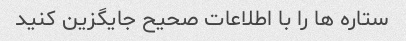
ستاره ها را با اطلاعات صحیح جایگزین کنید